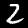
Label: 2